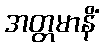
အတ္တမာနိံ